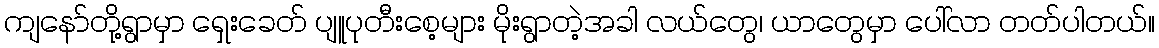
ကျနော်တို့ရွာမှာ ရှေးခေတ် ပျူပုတီးစေ့များ မိုးရွာတဲ့အခါ လယ်တွေ၊ ယာတွေမှာ ပေါ်လာ တတ်ပါတယ်။